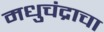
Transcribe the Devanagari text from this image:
मधुचंद्राचा